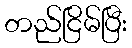
တည်ငြိမ်ပြီး